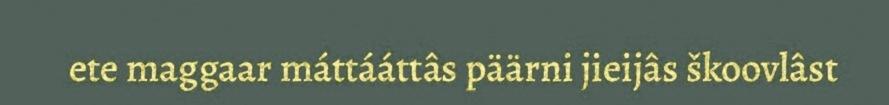
ete maggaar máttááttâs päärni jieijâs škoovlâst